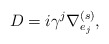
\begin{align*}D = i \gamma ^{j} \nabla ^{(s)}_{e_{j}},\end{align*}